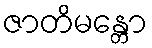
ဇာတိမန္တော